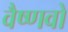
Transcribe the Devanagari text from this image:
वैष्‍णवो